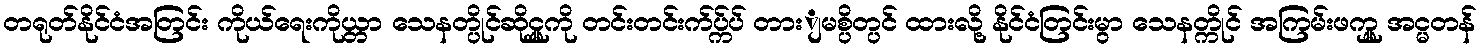
တရုတ်နိုင်ငံအတြင်း ကိုယ်ရေးကိုယ္တာ သေနတ္ပိုင်ဆိုင္မှုကို တင်းတင်းက်ပ္က်ပ် တားျမစ္ပိတ္ပင် ထားလို့ နိုင်ငံတြင်းမွာ သေနတ္ကိုင် အကြမ်းဖက္မှု အင္မတန်